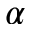
\alpha